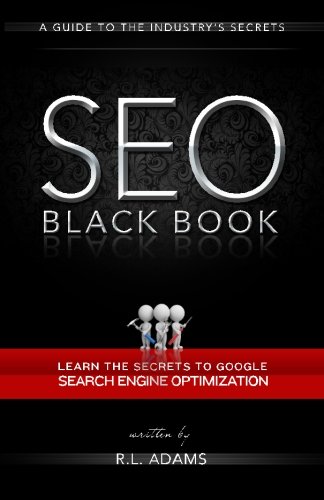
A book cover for SEO Black Book: A Guide to the Search Engine Optimization Industry's Secrets (The SEO Series); R L Adams; Computers & Technology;